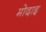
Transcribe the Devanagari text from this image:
मोदाइ